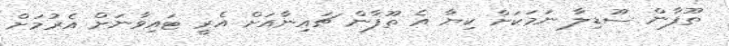
ތޫފާން ސޫޑިލާ ނަމަކަށް ކިޔާ އެ ތޫފާން ޗައިނާއަށް އެރީ ޓައިވާނަށް އެރުމަށް